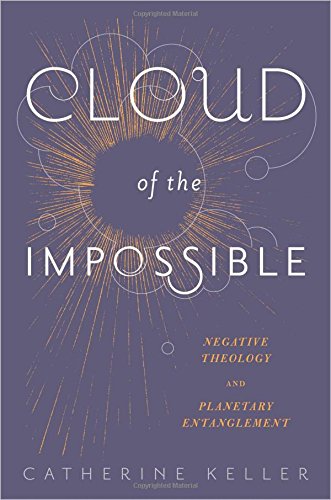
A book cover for Cloud of the Impossible: Negative Theology and Planetary Entanglement (Insurrections: Critical Studies in Religion, Politics, and Culture); Catherine Keller; Christian Books & Bibles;